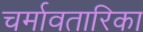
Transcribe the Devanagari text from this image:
चर्मावतारिका